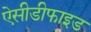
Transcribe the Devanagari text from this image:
ऐसीडीफाइड